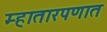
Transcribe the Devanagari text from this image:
म्हातारपणात